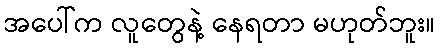
အပေါ်က လူတွေနဲ့ နေရတာ မဟုတ်ဘူး။